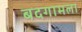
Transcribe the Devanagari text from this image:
बदगामला